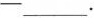
-___.